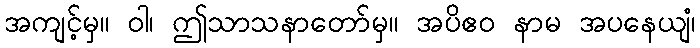
အကျင့်မှ။ ဝါ၊ ဤသာသနာတော်မှ။ အပိဧဝ နာမ အပနေယျံ၊